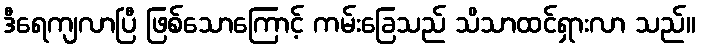
ဒီရေကျလာပြီ ဖြစ်သောကြောင့် ကမ်းခြေသည် သိသာထင်ရှားလာ သည်။